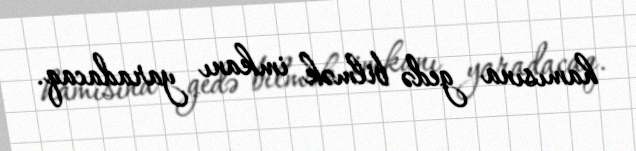
hamısına gedə bilmək imkanı yaradacaq.